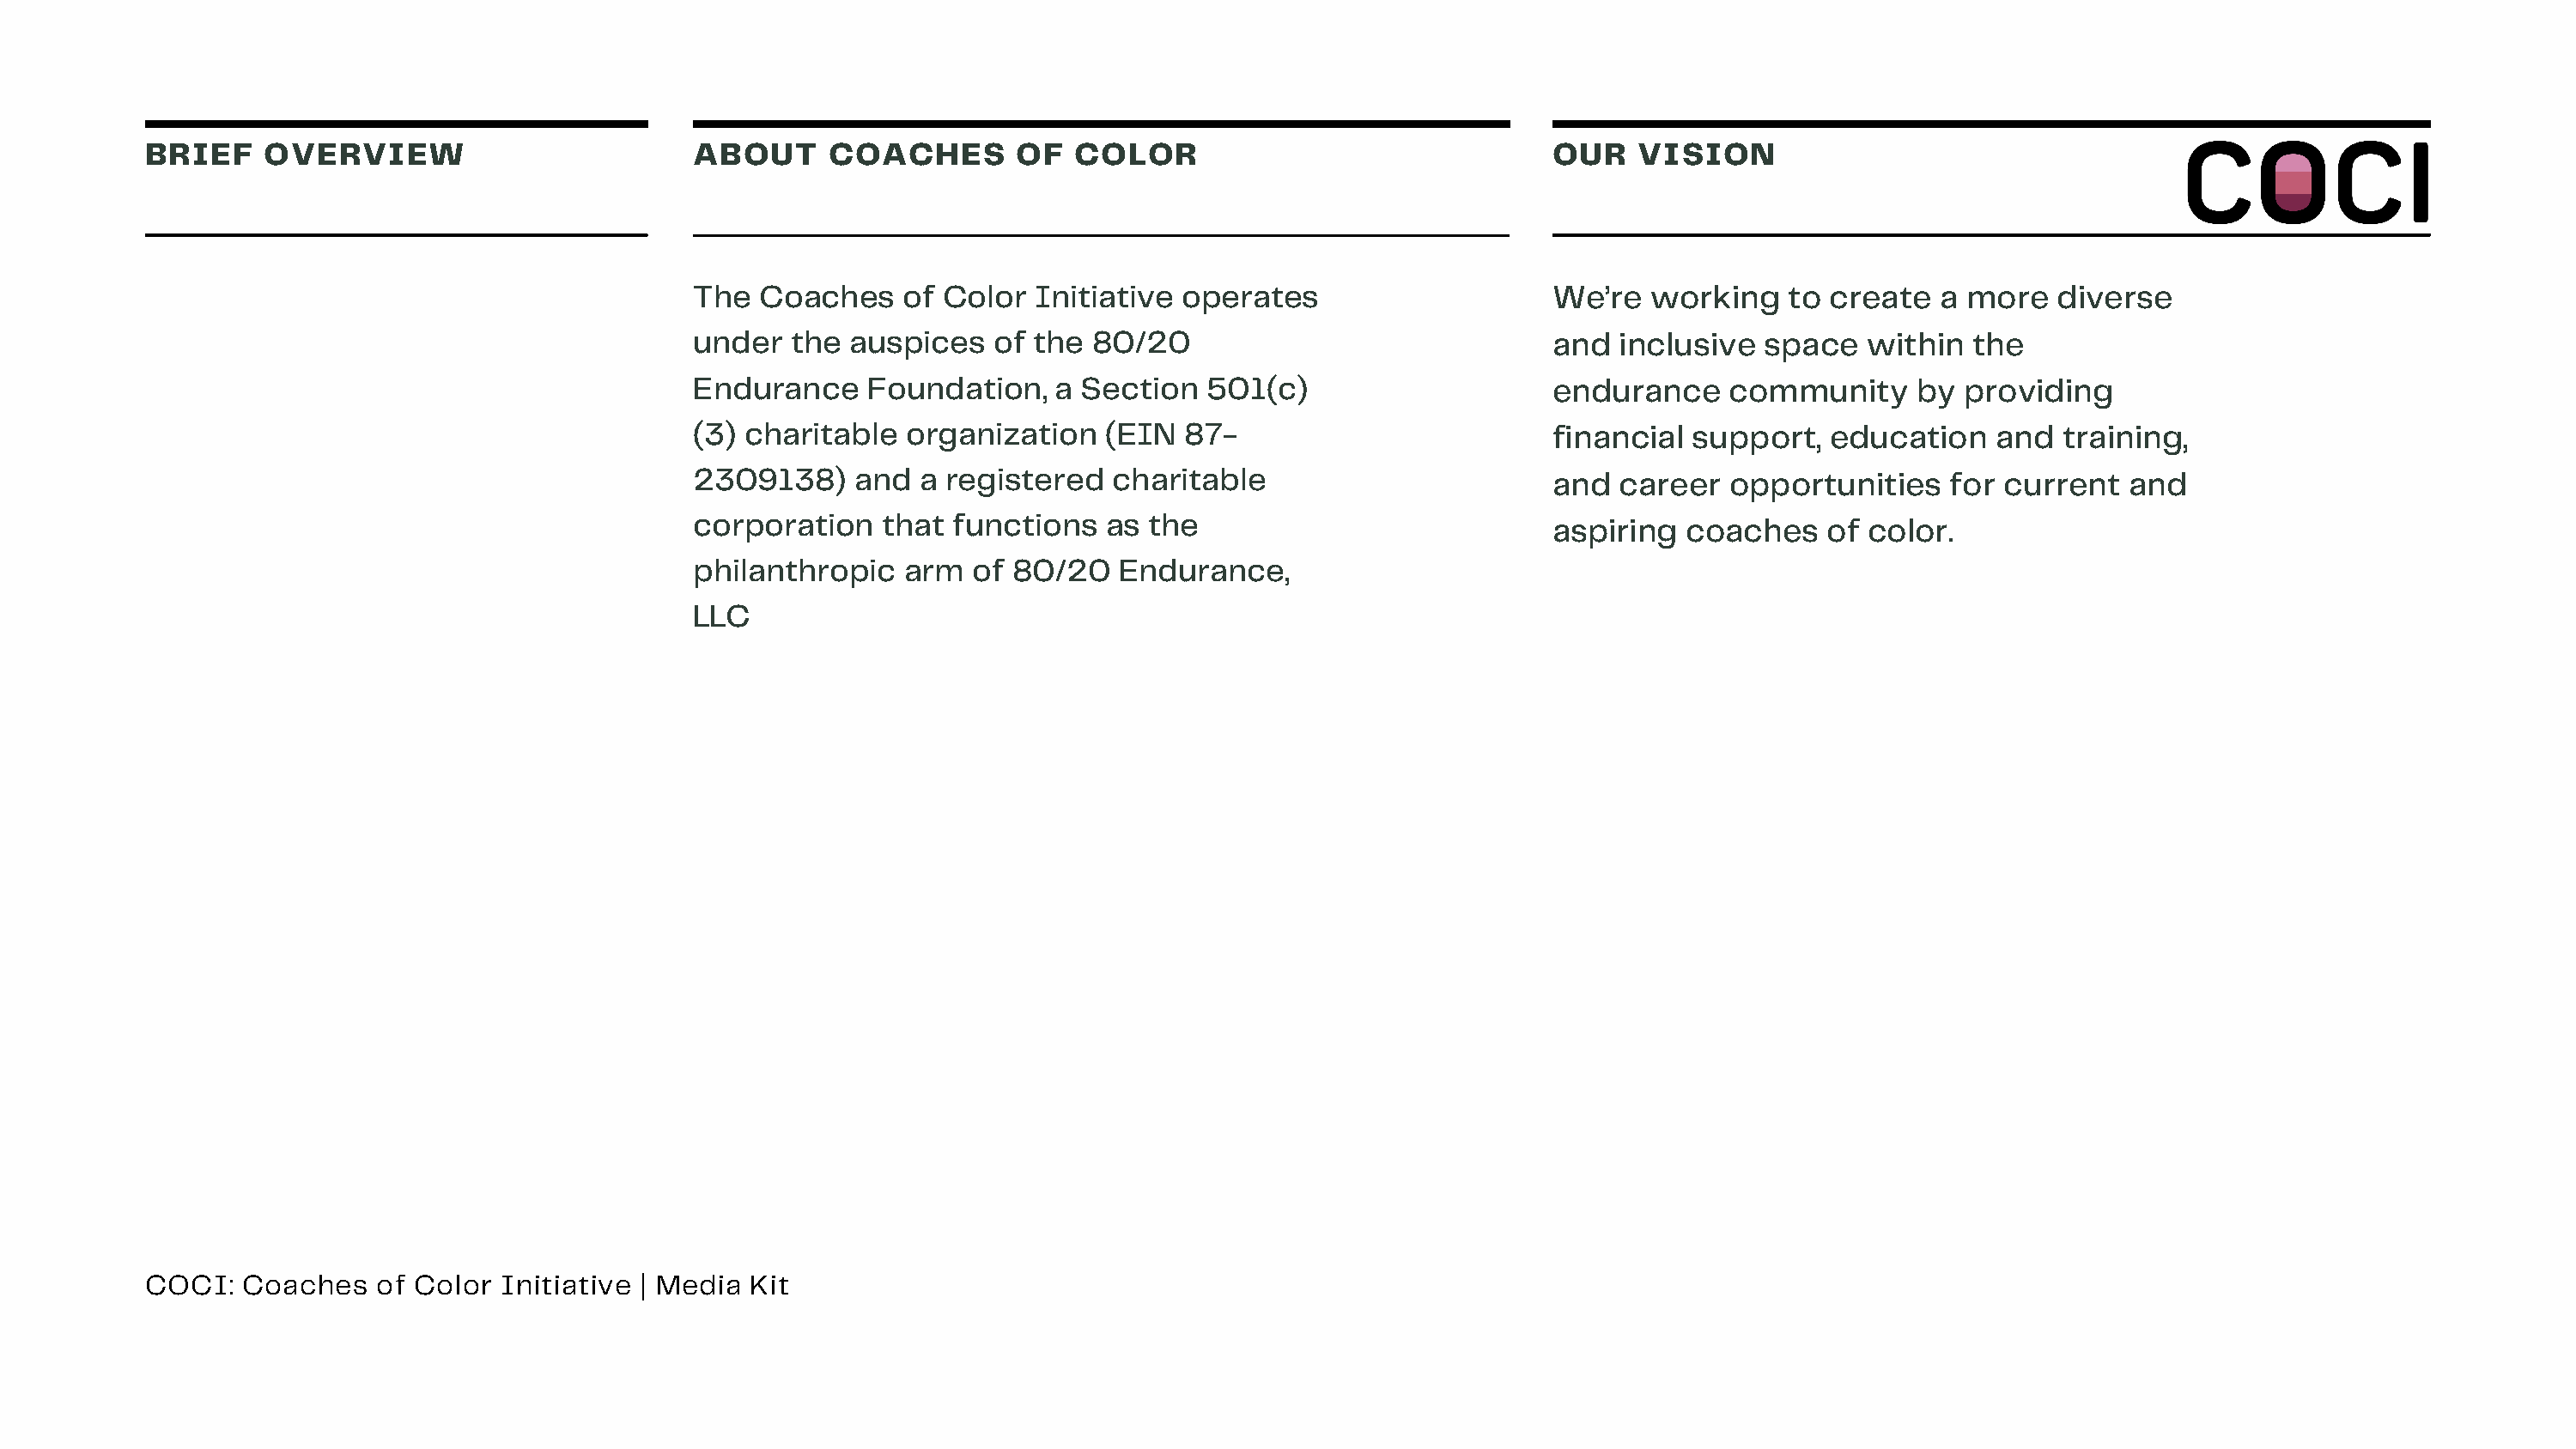
BRIEF    OVERVIEW                         ABOUT      COACHES       OF   COLOR                                OUR   VISION
 The   Coaches    of Color  Initiative operates                     We’re  working    to create   a more   diverse
 under   the auspices    of the 80/20                               and  inclusive  space   within  the
 Endurance     Foundation,   a Section   501(c)                     endurance    community      by providing
 (3) charitable   organization   (EIN  87-                          financial support,   education    and  training,
 2309138)     and  a registered   charitable                        and  career  opportunities    for current   and
 corporation    that functions   as  the
 aspiring  coaches    of color.
 philanthropic    arm  of 80/20   Endurance,
 LLC
 COCI:   Coaches   of Color  Initiative | Media Kit